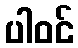
ပါဝင်